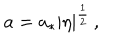
a = a _ { * } | \eta | ^ { \frac { 1 } { 2 } } \, ,